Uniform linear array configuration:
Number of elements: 32
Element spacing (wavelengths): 0.25
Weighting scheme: binomial
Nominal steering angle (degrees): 45
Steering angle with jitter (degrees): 43.163
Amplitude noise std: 0.05
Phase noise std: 0.05

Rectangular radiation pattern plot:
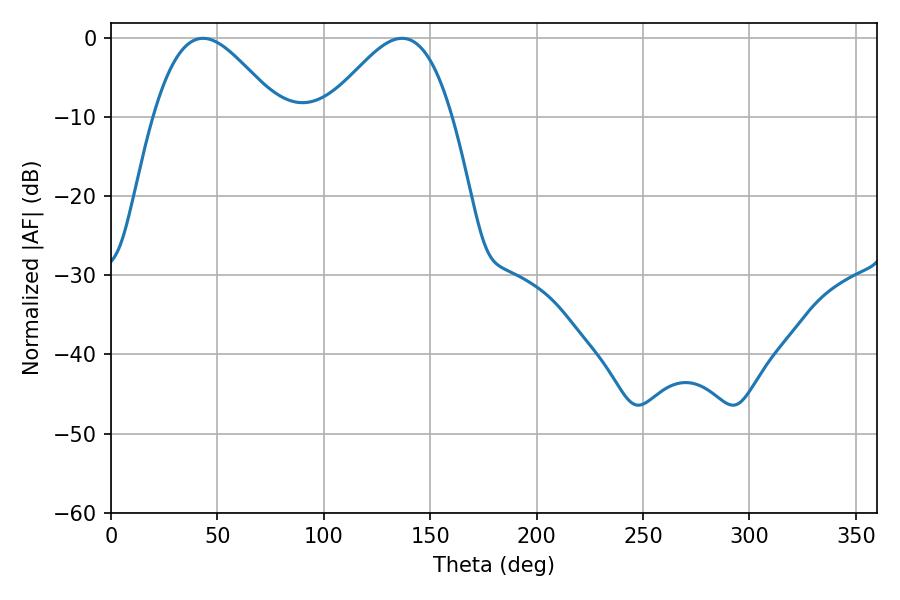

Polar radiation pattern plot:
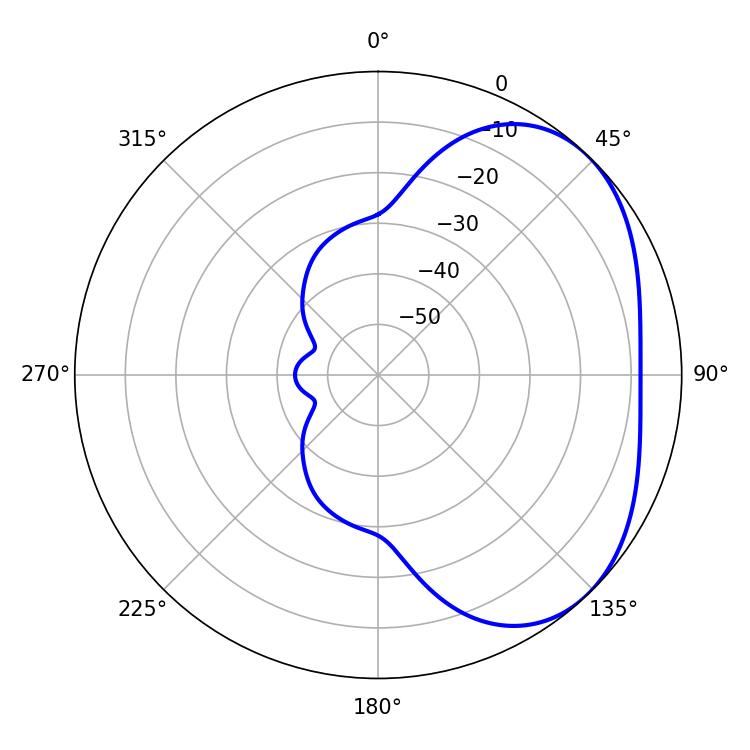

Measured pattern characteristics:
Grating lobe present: FALSE
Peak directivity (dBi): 3.437
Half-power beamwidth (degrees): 31.5
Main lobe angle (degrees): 43.2